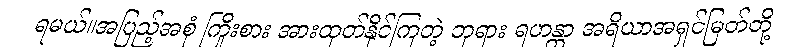
ရမယ်။အပြည့်အစုံ ကြိုးစား အားထုတ်နိုင်ကြတဲ့ ဘုရား ရဟန္တာ အရိယာအရှင်မြတ်တို့